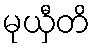
မုယှီတိ